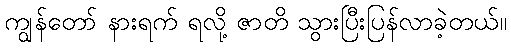
ကျွန်တော် နားရက် ရလို့ ဇာတိ သွားပြီးပြန်လာခဲ့တယ်။